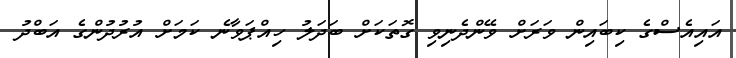
އައިއެސްގެ ކިބައިން ވަރަށް ވޭންދެނިވި ގޮތަކަށް ބަދަލު ހިއްޕަވާނެ ކަމަށް އުރުދުންގެ އަބްދު